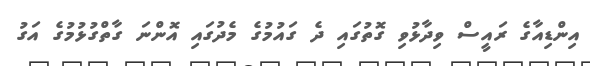
އިންޑިއާގެ ރައީސް ވިދާޅުވި ގޮތުގައި ދެ ގައުމުގެ މެދުގައި އޮންނަ ގާތްގުޅުމުގެ އަގު